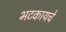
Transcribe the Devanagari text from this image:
भटकायचे